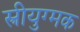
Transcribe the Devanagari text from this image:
स्त्रीयुग्मक